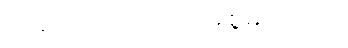
သဗ္ဗဉ် ဉာဏ်တော် အစွမ်းတည်း။